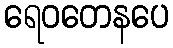
ရေဝတေနပေ